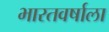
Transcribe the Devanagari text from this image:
भारतवर्षाला